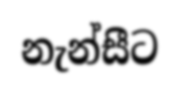
නැන්සීට